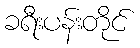
ခရီးပန်းတိုင်